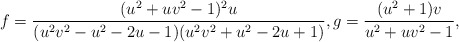
\begin{align*}f = \frac{(u^2 + uv^2 - 1)^2u}{(u^2v^2 - u^2 - 2u -1)(u^2v^2 + u^2 - 2u+1)}, g = \frac{(u^2+1)v}{u^2 + uv^2 - 1},\end{align*}